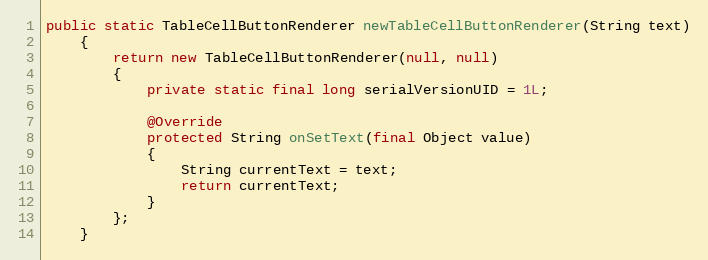
Language: Java
public static TableCellButtonRenderer newTableCellButtonRenderer(String text)
	{
		return new TableCellButtonRenderer(null, null)
		{
			private static final long serialVersionUID = 1L;

			@Override
			protected String onSetText(final Object value)
			{
				String currentText = text;
				return currentText;
			}
		};
	}